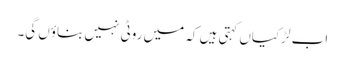
اب لڑکیاں کہتی ہیں کہ میں روٹی نہیں بناؤں گی۔